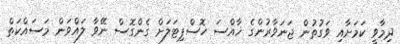
ދިމާވީ ކަމަށާއި ވަގުތުން ޖަނަވާރުންގެ ޚާއްސަ ހޮސްޕިޓަލަށް ގެންގޮސް ނޭވާ ލައްވަން މަސައްކަތް